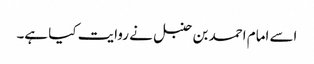
اسے امام احمد بن حنبل نے روایت کیا ہے۔